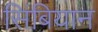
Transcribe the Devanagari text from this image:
सिंबियान